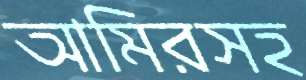
আমিরসহ